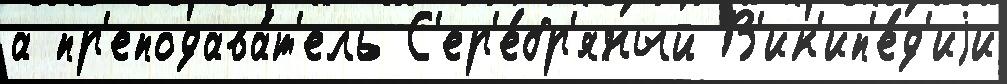
а пр'еподава́т'ель С'ер'е́бр'яный В'ик'ип'е́д'иjи